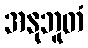
အနုဘူတံ